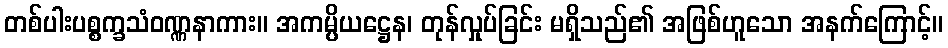
တစ်ပါးပစ္စက္ခသံဝဏ္ဏနာကား။ အကမ္ပိယဋ္ဌေန၊ တုန်လှုပ်ခြင်း မရှိသည်၏ အဖြစ်ဟူသော အနက်ကြောင့်။